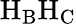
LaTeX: \mathrm{H_{B}H_{C}}